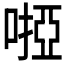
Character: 𠻺